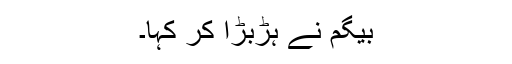
بیگم نے ہڑبڑا کر کہا۔